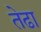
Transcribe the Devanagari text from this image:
तेढा